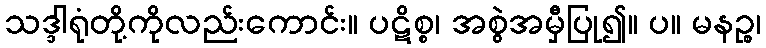
သဒ္ဒါရုံတို့ကိုလည်းကောင်း။ ပဋိစ္စ၊ အစွဲအမှီပြု၍။ ပ။ မနဉ္စ၊